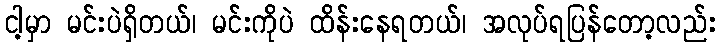
ငါ့မှာ မင်းပဲရှိတယ်၊ မင်းကိုပဲ ထိန်းနေရတယ်၊ အလုပ်ရပြန်တော့လည်း